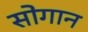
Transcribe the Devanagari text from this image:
सोगान